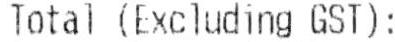
TOTAL (EXCLUDING GST):